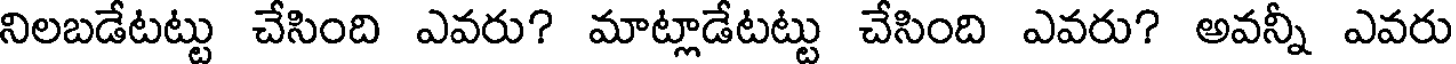
నిలబడేటట్టు చేసింది ఎవరు? మాట్లాడేటట్టు చేసింది ఎవరు? అవన్నీ ఎవరు